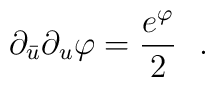
\partial_{\bar u}\partial_u\varphi={e^{\varphi}\over 2}\ \ .